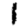
Digit: 1